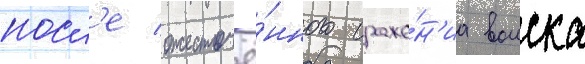
посл'е ожесточё́нного сраже́н'иа воиска